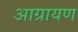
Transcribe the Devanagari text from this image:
आग्रायण